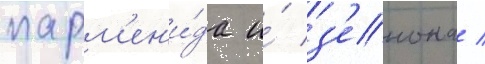
парм'ен'и́да и́ з'енона /